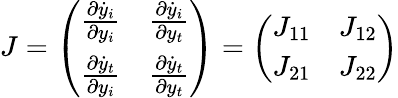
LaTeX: J=\left(\begin{array}{cc}{\frac{\partial\dot{y}_{i}}{\partial y_{i}}}&{\frac{\partial\dot{y}_{i}}{\partial y_{t}}}\\ {\frac{\partial\dot{y}_{t}}{\partial y_{i}}}&{\frac{\partial\dot{y}_{t}}{\partial y_{t}}}\end{array}\right)=\left(\begin{array}{cc}{J_{11}}&{J_{12}}\\ {J_{21}}&{J_{22}}\end{array}\right)